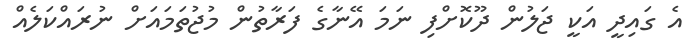
އެ ގައިދީ އަކީ ޖަލުން ދޫކޮށްފި ނަމަ އޭނާގެ ފަރާތުން މުޖުތަމައަށް ނުރައްކަލެއް